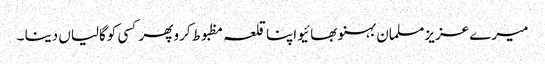
میرے عزیز مسلمان بہنو بھائیو اپنا قلعہ مظبوط کرو پھر کسی کوگالیاں دینا ۔